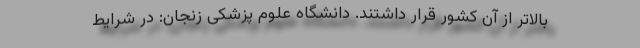
بالاتر از آن کشور قرار داشتند. دانشگاه علوم پزشکی زنجان: در شرایط